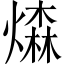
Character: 𤏗